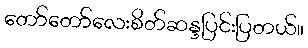
တော်တော်လေးစိတ်ဆန္ဒပြင်းပြတယ်။